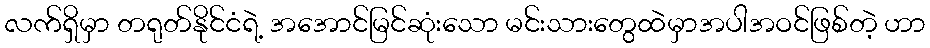
လက်ရှိမှာ တရုတ်နိုင်ငံရဲ့ အအောင်မြင်ဆုံးသော မင်းသားတွေထဲမှာအပါအဝင်ဖြစ်တဲ့ ဟာ